Source: Computer-generated
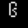
Digit: ၆ (6)